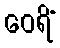
ဝေရိံ